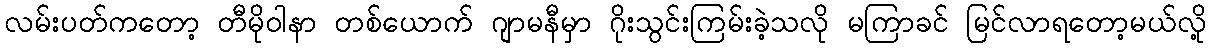
လမ်းပတ်ကတော့ တီမိုဝါနာ တစ်ယောက် ဂျာမနီမှာ ဂိုးသွင်းကြမ်းခဲ့သလို မကြာခင် မြင်လာရတော့မယ်လို့